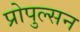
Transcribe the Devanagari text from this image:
प्रोपुल्सन